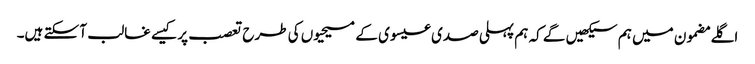
‏ اگلے مضمون میں ہم سیکھیں گے کہ ہم پہلی صدی عیسوی کے مسیحیوں کی طرح تعصب پر کیسے غالب آ سکتے ہیں۔